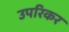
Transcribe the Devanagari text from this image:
उपरिकर